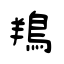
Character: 鴹